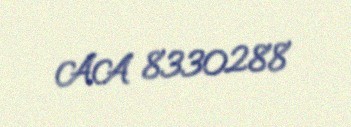
AA 8330288